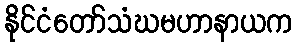
နိုင်ငံတော်သံဃမဟာနာယက